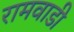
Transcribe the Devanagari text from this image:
रामवाडी